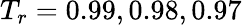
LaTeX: T_{r}=0.99,0.98,0.97